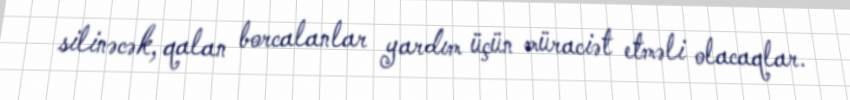
silinəcək, qalan borcalanlar yardım üçün müraciət etməli olacaqlar.